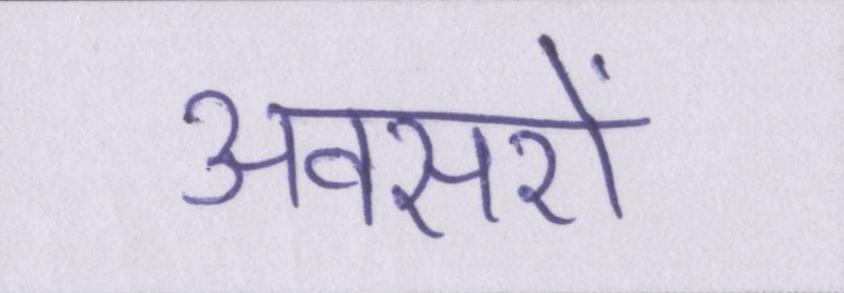
अवसरों